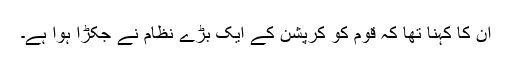
ان کا کہنا تھا کہ قوم کو کرپشن کے ایک بڑے نظام نے جکڑا ہوا ہے۔